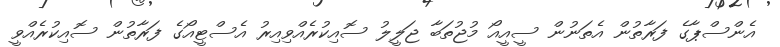
އެންސްޕާގެ ފަރާތުން އެތަނުން ސީއީއޯ މުޖުތަބާ ޖަލީލު ސޮއިކުރެއްވިއިރު އެސްޓީއޯގެ ފަރާތުން ސޮއިކުރެއްވީ